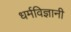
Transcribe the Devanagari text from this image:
धर्मविज्ञानी